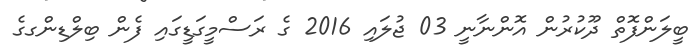
ބީލަންފޮތް ދޫކުރުން އޮންނާނީ 03 ޖުލައި 2016 ގެ ރަސްމީގަޑީގައި ފެން ބިލްޑިންގގެ